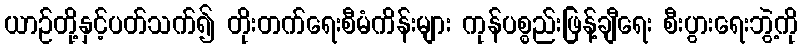
ယာဉ်တို့နှင့်ပတ်သက်၍ တိုးတက်ရေးစီမံကိန်းများ ကုန်ပစ္စည်းဖြန့်ချီရေး စီးပွားရေးဘွဲ့ကို